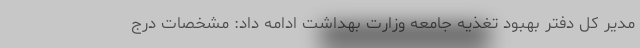
مدیر کل دفتر بهبود تغذیه جامعه وزارت بهداشت ادامه داد: مشخصات درج